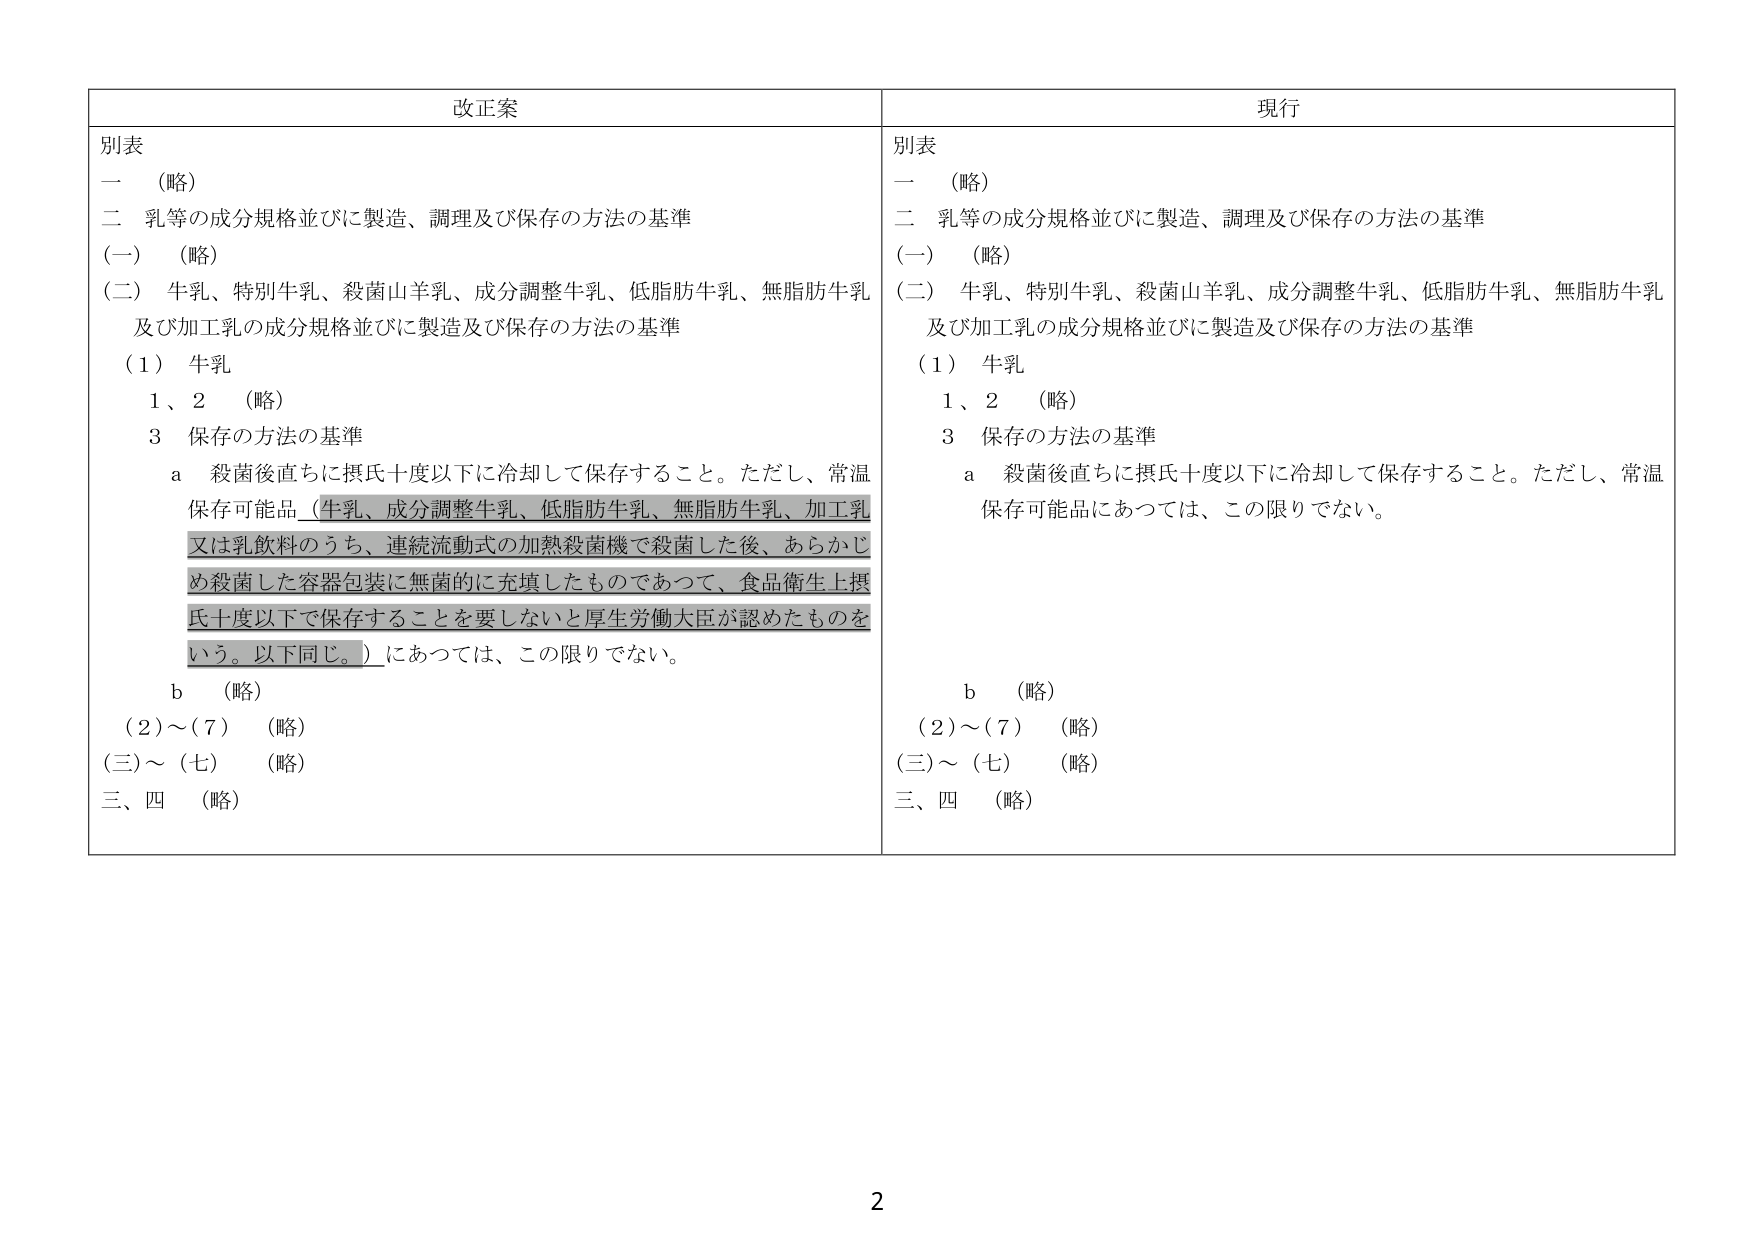
改正案
別表
一　（略）
二　乳等の成分規格並びに製造、調理及び保存の方法の基準
（一）　（略）
（二）　牛乳、特別牛乳、殺菌山羊乳、成分調整牛乳、低脂肪牛乳、無脂肪牛乳
及び加工乳の成分規格並びに製造及び保存の方法の基準
（1）　牛乳
　　1、2　（略）
　　3　保存の方法の基準
　　　a　殺菌後直ちに摂氏十度以下に冷却して保存すること。ただし、常温
保存可能品（牛乳、成分調整牛乳、低脂肪牛乳、無脂肪牛乳、加工乳
又は乳飲料のうち、連続流動式の加熱殺菌機で殺菌した後、あらかじ
め殺菌した容器包装に無菌的に充填したものであつて、食品衛生上摂
氏十度以下で保存することを要しないと厚生労働大臣が認めたものを
いう。以下同じ。）にあつては、この限りでない。
　　　b　（略）
　　（2）～（7）　（略）
（三）～（七）　（略）
三、四　（略）

現行
別表
一　（略）
二　乳等の成分規格並びに製造、調理及び保存の方法の基準
（一）　（略）
（二）　牛乳、特別牛乳、殺菌山羊乳、成分調整牛乳、低脂肪牛乳、無脂肪牛乳
及び加工乳の成分規格並びに製造及び保存の方法の基準
（1）　牛乳
　　1、2　（略）
　　3　保存の方法の基準
　　　a　殺菌後直ちに摂氏十度以下に冷却して保存すること。ただし、常温
保存可能品にあつては、この限りでない。
　　　b　（略）
　　（2）～（7）　（略）
（三）～（七）　（略）
三、四　（略）

2